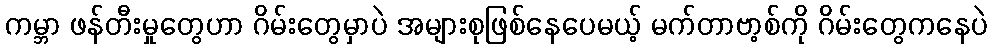
ကမ္ဘာ ဖန်တီးမှုတွေဟာ ဂိမ်းတွေမှာပဲ အများစုဖြစ်နေပေမယ့် မက်တာဗာ့စ်ကို ဂိမ်းတွေကနေပဲ